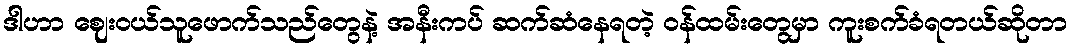
ဒါဟာ ဈေးဝယ်သူဖောက်သည်တွေနဲ့ အနီးကပ် ဆက်ဆံနေရတဲ့ ဝန်ထမ်းတွေမှာ ကူးစက်ခံရတယ်ဆိုတာ